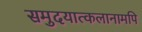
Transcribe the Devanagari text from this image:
समुदयात्कलानामपि